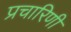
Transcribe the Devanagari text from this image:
प्रचारिणी